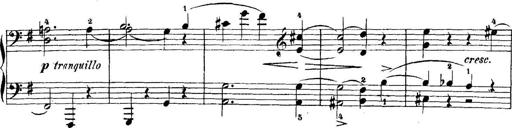
Title: 5 Sonatinas
Composer: Theodor Kirchner